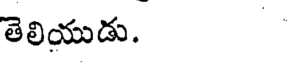
తెలియుడు.